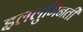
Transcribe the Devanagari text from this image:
इललुमिनती